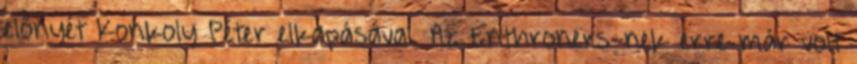
előnyét Konkoly Péter elkapásával. Az Enthroners-nek erre már volt